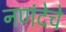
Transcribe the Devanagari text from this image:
नणंदेचे